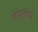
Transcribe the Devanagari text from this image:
शेरिलीन